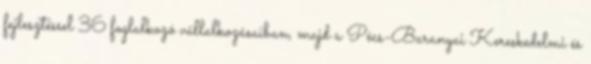
fejlesztéssel 36 foglalkozó vállalkozásaiban, majd a Pécs-Baranyai Kereskedelmi és